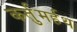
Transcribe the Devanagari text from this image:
कर्तुमर्हथ